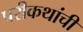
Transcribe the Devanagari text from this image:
परीकथांची